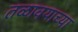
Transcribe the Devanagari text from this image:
तळावयाच्या